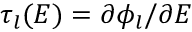
\tau _ { l } ( E ) = \partial \phi _ { l } / \partial E